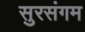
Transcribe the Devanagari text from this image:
सुरसंगम